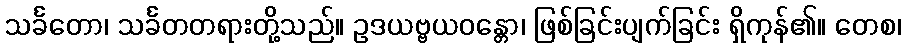
သင်္ခတော၊ သင်္ခတတရားတို့သည်။ ဥဒယဗ္ဗယဝန္တော၊ ဖြစ်ခြင်းပျက်ခြင်း ရှိကုန်၏။ တေစ၊